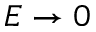
E \rightarrow 0